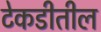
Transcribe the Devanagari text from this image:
टेकडीतील